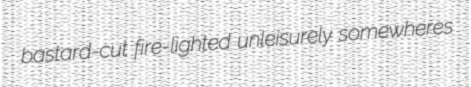
bastard-cut fire-lighted unleisurely somewheres